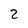
Character: 2